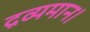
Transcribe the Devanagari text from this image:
द्रव्यमान।